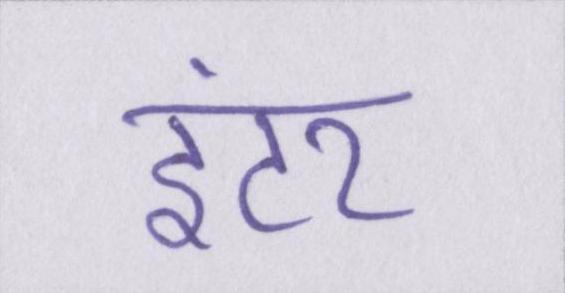
इंटर